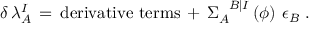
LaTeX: \delta \, \lambda _ { A } ^ { I } \, = \, \mathrm { d e r i v a t i v e ~ t e r m s } \, + \, \Sigma _ { A } ^ { \phantom { A } B \vert I } \left( \phi \right) \, \epsilon _ { B } ~ .